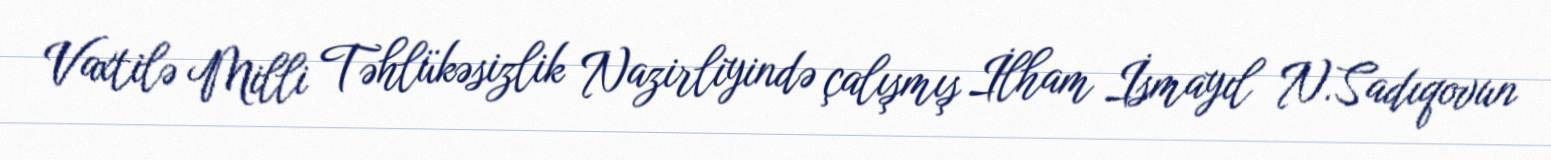
Vaxtilə Milli Təhlükəsizlik Nazirliyində çalışmış İlham İsmayıl N.Sadıqovun